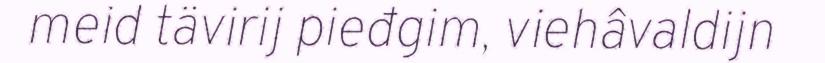
meid tävirij pieđgim, viehâvaldijn